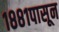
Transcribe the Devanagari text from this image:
१८८१पासून